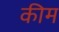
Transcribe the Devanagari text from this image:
कीम